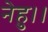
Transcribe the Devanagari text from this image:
नेहु।।